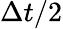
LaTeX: \Delta t/2